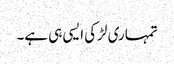
تمہاری لڑکی ایسی ہی ہے۔